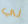
لي